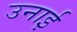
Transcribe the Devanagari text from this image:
उनाई